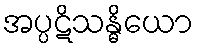
အပ္ပဋိသန္ဓိယော